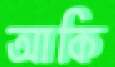
আকি